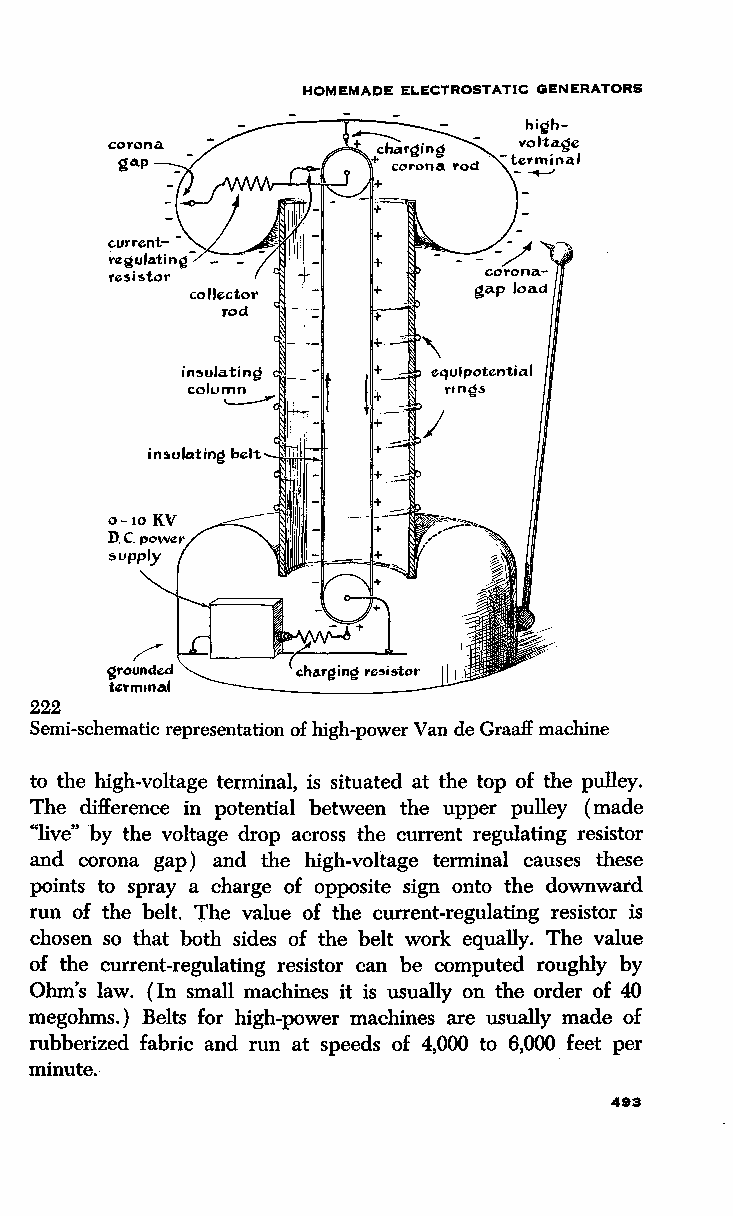
HOMEMADE ELECTROSTATIC GENERATORS
 222
 Semi-schematic representation of high-power Van de Graaff machine
 to the high-voltage terminal, is situated at the top of the pulley.
 The difference in potential between the upper pulley (made
 "live" by the voltage drop across the current regulating resistor
 and corona gap) and the high-voltage terminal causes these
 points to spray a charge of opposite sign onto the downward
 run of the belt. The value of the current-regulating resistor is
 chosen so that both sides of the belt work equally. The value
 of the current-regulating resistor can be computed roughly by
 Ohm's law. (In small machines it is usually on the order of 40
 megohms.) Belts for high-power machines are usually made of
 rubberized fabric and run at speeds of 4,000 to 6,000 feet per
 minute.
 493